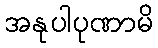
အနုပါပုဏာမိ